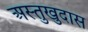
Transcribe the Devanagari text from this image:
अस्तुखुदास